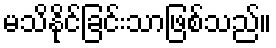
မသိနိုင်ခြင်းသာဖြစ်သည်။